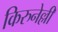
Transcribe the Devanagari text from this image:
किरुनेल्ली